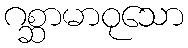
ဂစ္ဆာမာဝုသော